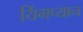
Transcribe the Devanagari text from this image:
यिंगप्यान